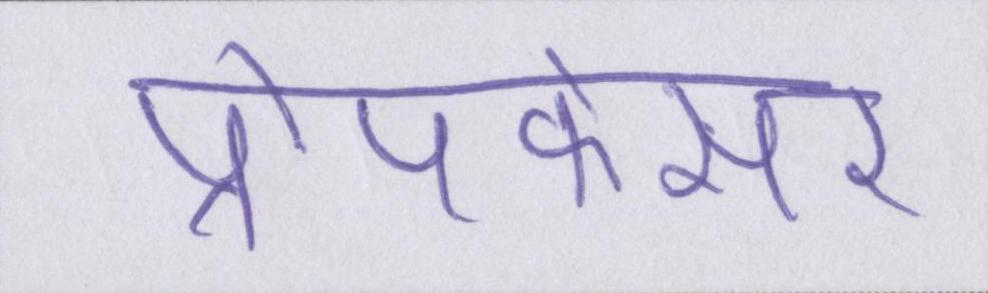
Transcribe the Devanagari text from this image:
प्रोपफेसर